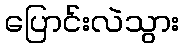
ပြောင်းလဲသွား